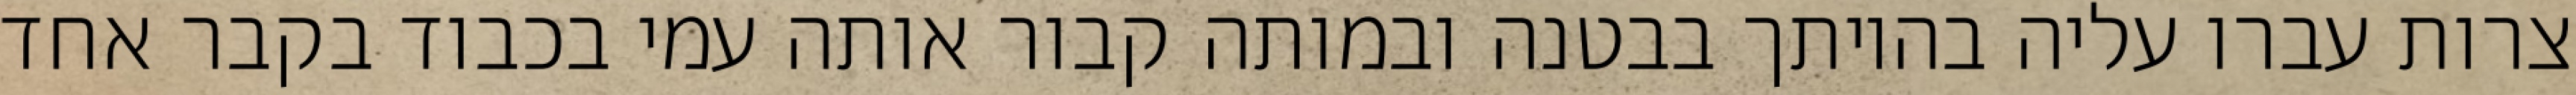
צרות עברו עליה בהיותך בבטנה ובמותה קבור אותה עמי בכבוד בקבר אחד